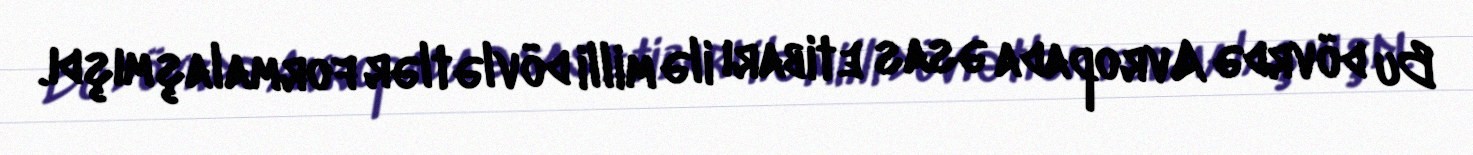
Bu dövrdə Avropada əsas etibarı ilə milli dövlətlər formalaşmışdı.